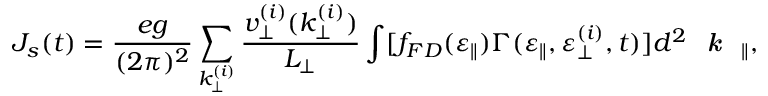
J _ { s } ( t ) = \frac { e g } { ( 2 \pi ) ^ { 2 } } \sum _ { k _ { \perp } ^ { ( i ) } } \frac { v _ { \perp } ^ { ( i ) } ( k _ { \perp } ^ { ( i ) } ) } { L _ { \perp } } \int [ f _ { F D } ( \varepsilon _ { \parallel } ) \Gamma ( \varepsilon _ { \parallel } , \varepsilon _ { \perp } ^ { ( i ) } , t ) ] d ^ { 2 } \emph { \textbf { k } } _ { \parallel } ,